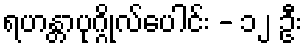
ရဟန္တာပုဂ္ဂိုလ်ပေါင်း - ၁၂ ဦး